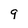
Character: 9